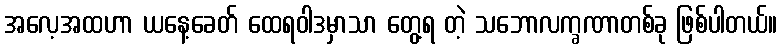
အလေ့အထဟာ ယနေ့ခေတ် ထေရဝါဒမှာသာ တွေ့ရ တဲ့ သဘောလက္ခဏာတစ်ခု ဖြစ်ပါတယ်။